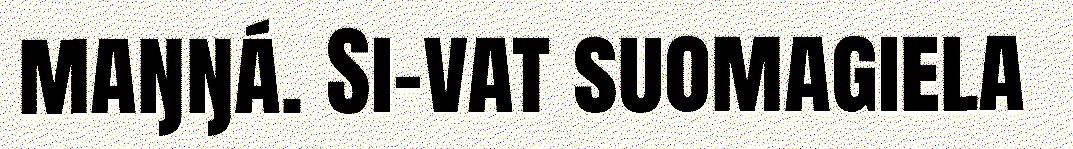
maŋŋá. Si-vat suomagiela